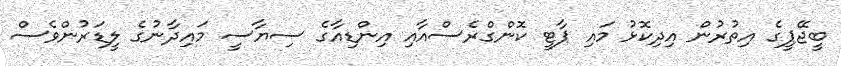
ބީޖޭޕީގެ އިތުރުން އިދިކޮޅު މައި ޕާޓީ ކޮންގްރެސްއާއި އިންޑިއާގެ ސިޔާސީ މައިދާނުގެ ލީޑަރުންވެސް